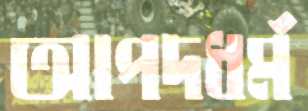
আপদধর্ম